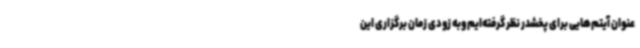
عنوان آیتم‌هایی برای پخشدر نظر گرفته‌ایم وبه زودی زمان برگزاری این